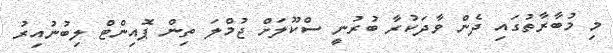
މި މުބާރާތުގައި ދެން ވާދަކުރާ ބުރުނީ ސްކޫލަށް ޖުމްލަ ތިން ޕޮއިންޓް ލިބުނުއިރު